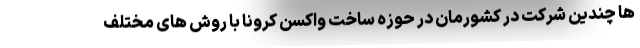
ها چندین شرکت در کشورمان در حوزه ساخت واکسن کرونا با روش های مختلف